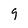
Character: 9